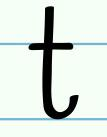
t